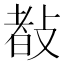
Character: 𢾀